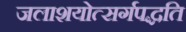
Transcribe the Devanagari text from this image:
जलाशयोत्सर्गपद्धति